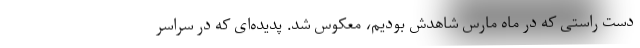
دست‌ راستی که در ماه مارس شاهدش بودیم، معکوس شد. پدیده‌ای که در سراسر